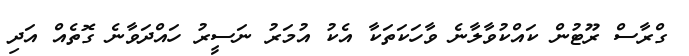
ގްރާސް ރޫޓުން ކައްކުވާލާނެ ވާހަކަތަކާ އެކު އުމަރު ނަސީރު ހައްދަވާނެ ގޮތެއް އަދި